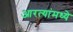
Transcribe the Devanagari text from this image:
आरत्यांमध्ये